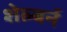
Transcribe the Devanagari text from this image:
शेल्बर्न